NAE_kihelkonnakohtute_kirjad_ja_protokollid_1869-1889, lk 5
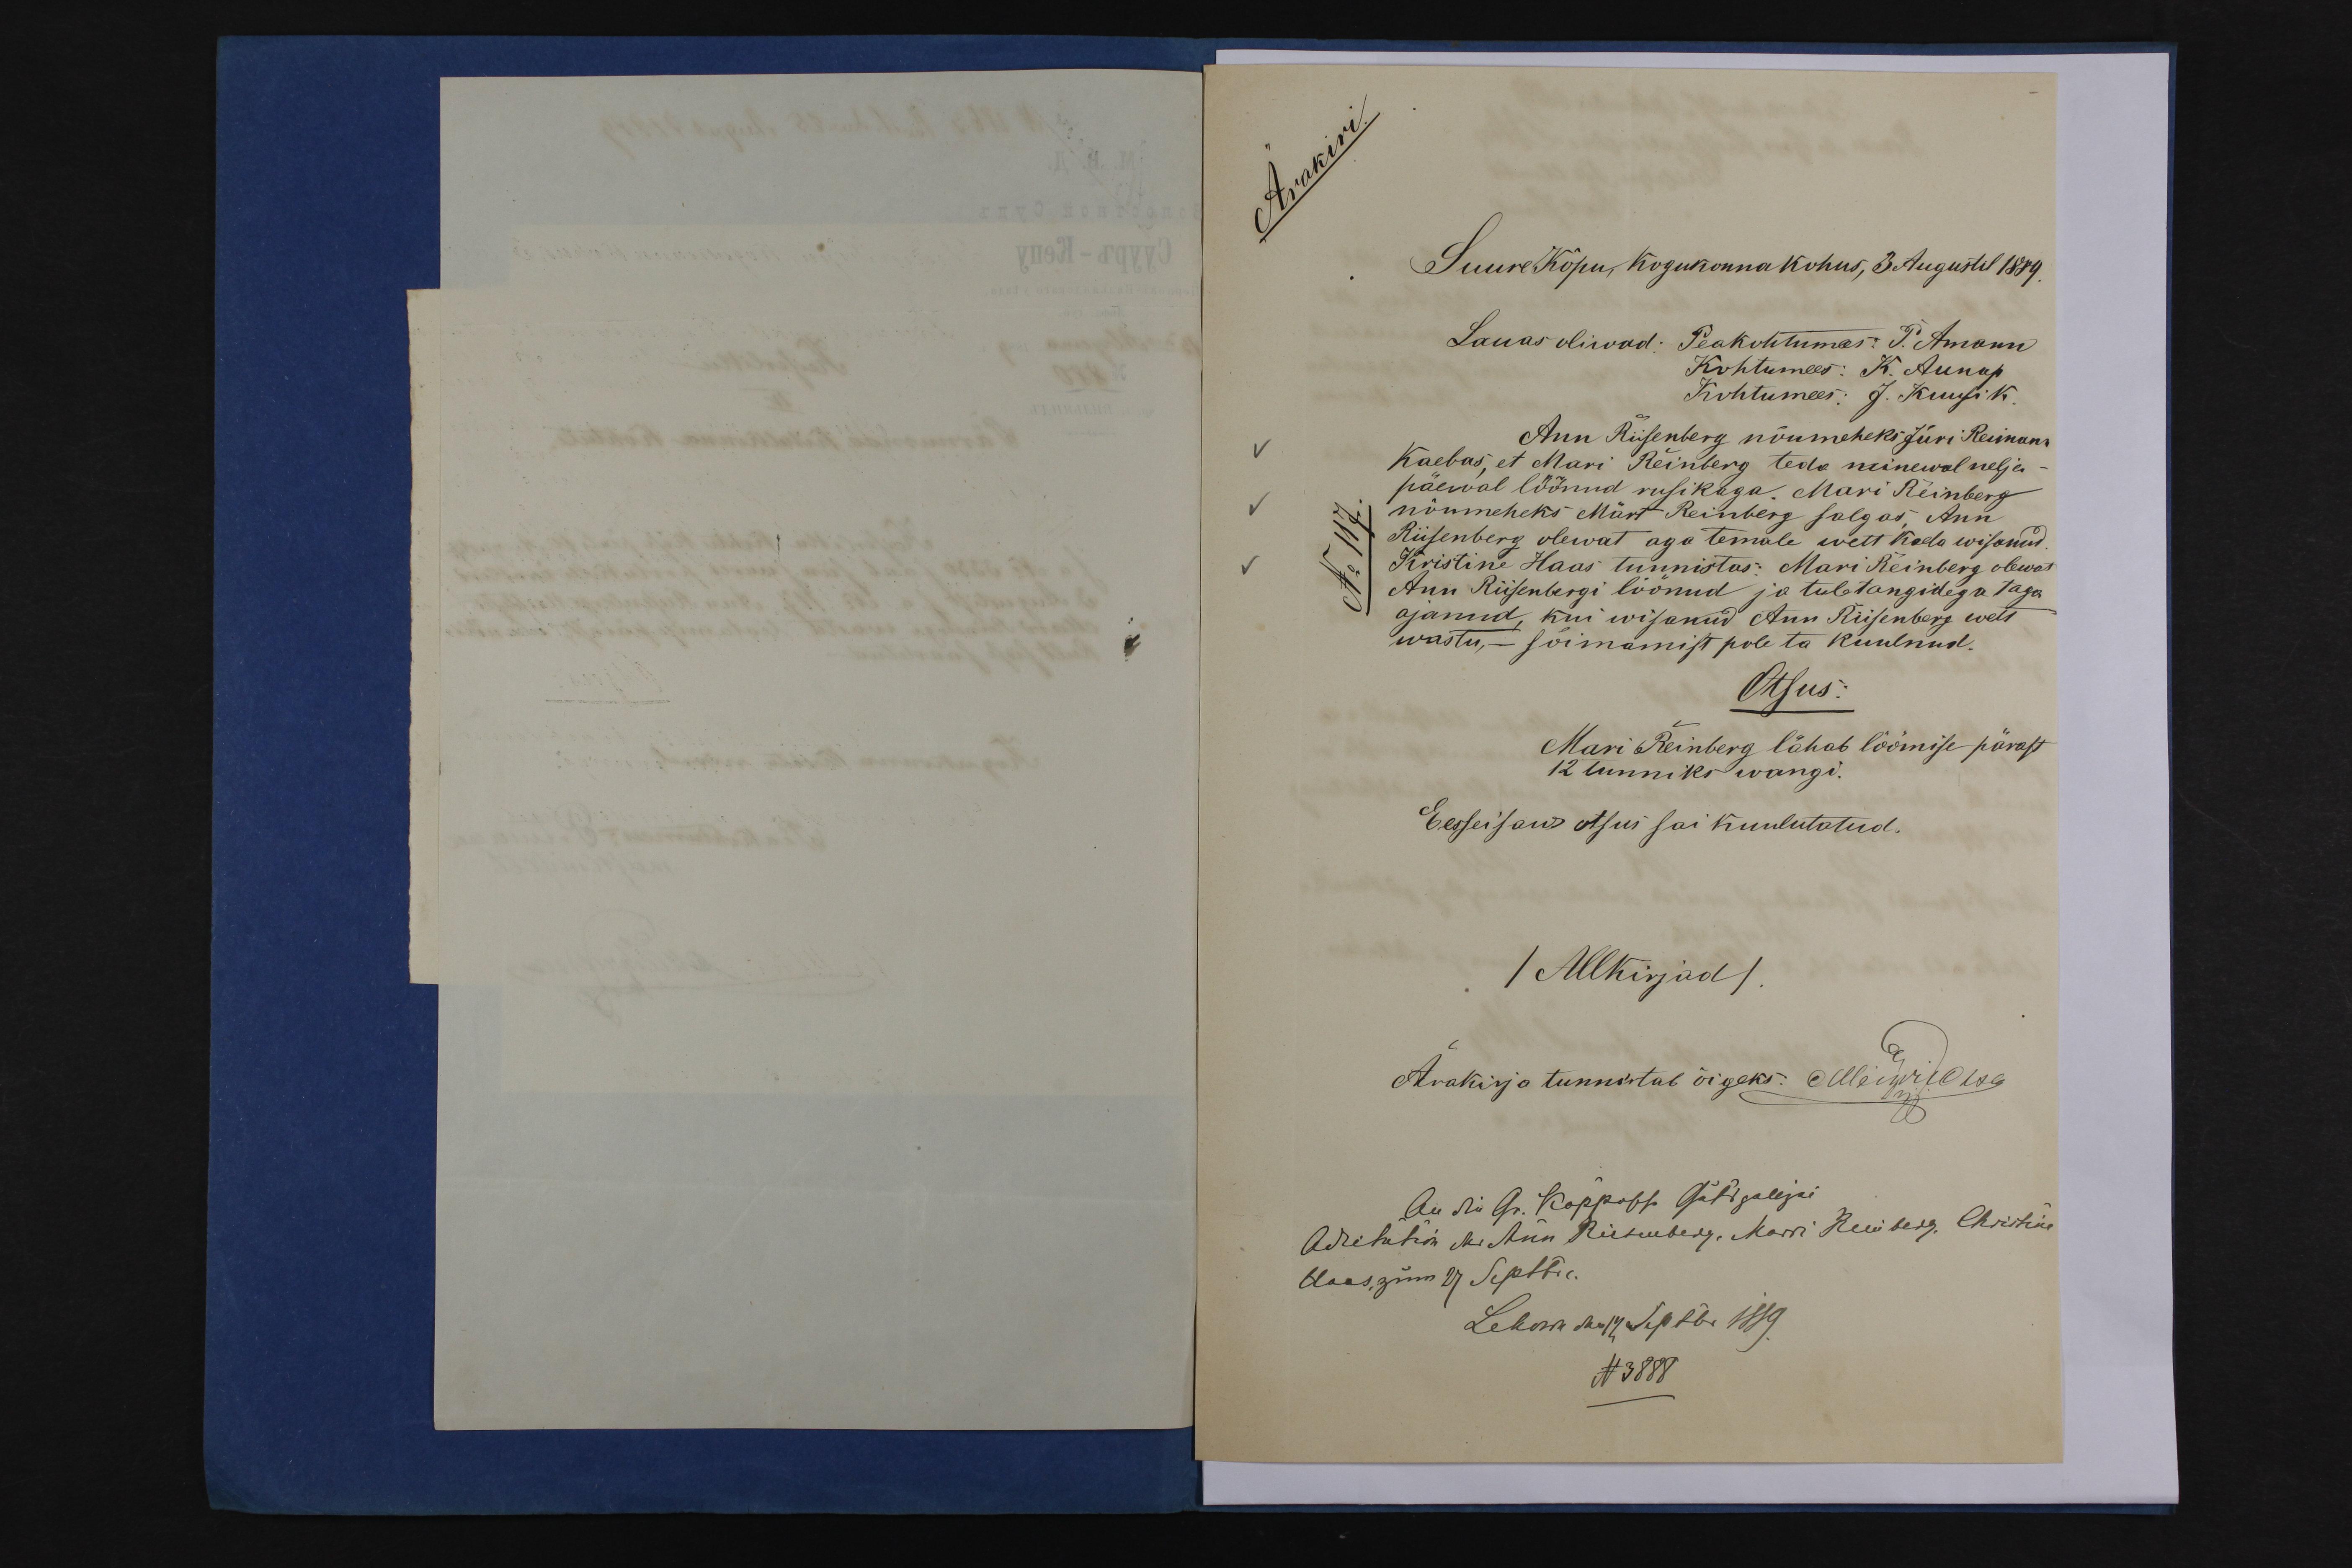
Suure-Kõpu kogukonnakohus, 3 Augustel 1889.
Ann Riisenberg nõumeheks Jüri Reimann
Kaebas, et Mari Reinberg teda minewal nelja
päewal löönud rusikaga. Mari Reinberg
nõumeheks Märt Reinberg salgas Ann
Riisenberg olewat aga temale wett kaela wisanud.
Kristine Haas tunnistas: Mari Reinberg olewat
Ann Riisenbergi löönud ja tuletangidega taga
ajanud, kui wisanud Ann Riisenberg wett
wastu, - sõimamist pole ta kuulnud.
Otsus.
Mari Reinberg lähab löömise pärast
12 tunniks wangi.
Eesseisaw otsus sai kuulutatud.
/Allkirjad/